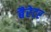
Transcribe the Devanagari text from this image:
बैरेटर